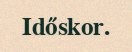
Időskor.